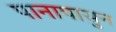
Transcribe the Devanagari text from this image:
पानापासुन